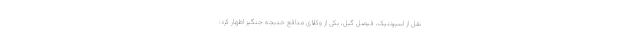
نقل از اسپوتنیک، فیصل گیل، یکی از وکلای مدافع خدیجه جنگیز اظهار کرد: